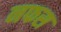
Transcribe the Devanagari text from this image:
नफस